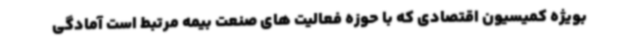
بویژه کمیسیون اقتصادی که با حوزه فعالیت های صنعت بیمه مرتبط است آمادگی